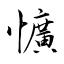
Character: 懭